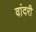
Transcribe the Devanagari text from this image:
वांदरी